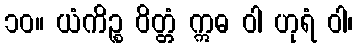
၁၀။ ယံကိဉ္စ ဝိတ္တံ ဣဓ ဝါ ဟုရံ ဝါ၊